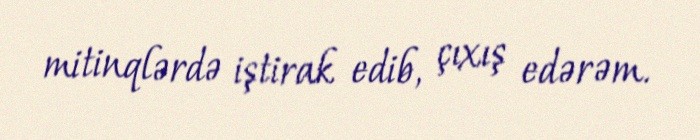
mitinqlərdə iştirak edib, çıxış edərəm.